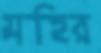
মহির